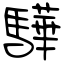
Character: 驊